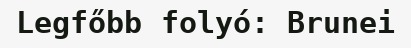
Legfőbb folyó: Brunei